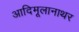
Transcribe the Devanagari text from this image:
आदिमूलानाथर